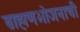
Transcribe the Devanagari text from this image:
ब्राह्मणभोजनाची